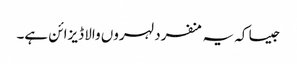
جیسا کہ یہ منفرد لہروں والا ڈیزائن ہے۔